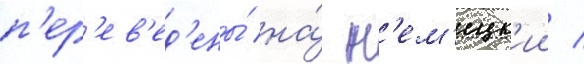
п'ер'ев'ед'ены́ на́ н'ем'ецк'ии /